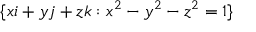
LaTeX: ~ \{ x i + y j + z k : x ^ { 2 } - y ^ { 2 } - z ^ { 2 } = 1 \}